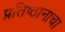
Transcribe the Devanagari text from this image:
प्रतिष्ठानाचा